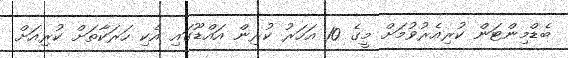
ބެޑްމިންޓަން ކުރިއެރުވުމަށް މީގެ 10 އަހަރު ކުރިން އައްޑޫގައި އެކި ހަރަކާތަށް ކުރިއަށް